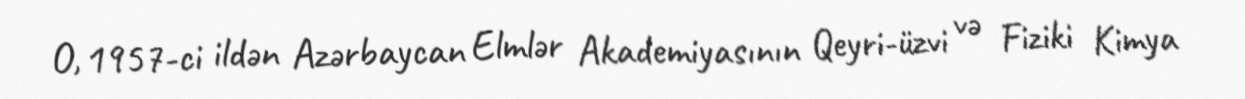
O, 1957-ci ildən Azərbaycan Elmlər Akademiyasının Qeyri-üzvi və Fiziki Kimya